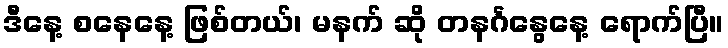
ဒီနေ့ စနေနေ့ ဖြစ်တယ်၊ မနက် ဆို တနင်္ဂနွေနေ့ ရောက်ပြီ။